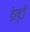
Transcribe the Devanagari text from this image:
डेल्टों